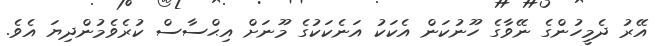
އޭރު ދެމީހުންގެ ނޭވާގެ ހޫނުކަން އެކަކު އަނެކަކުގެ މޫނަށް އިޙްސާސް ކުރެވެމުންދިޔަ އެވެ.